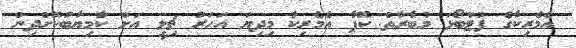
އެމެރިކާގެ ފުޓްބޯޅަ މުބާރާތް ކޮޕާ އެމެރިކާ މިދިޔަ އަހަރު ޗިލީ އަށް ކާމިޔާބުކޮށްދިން